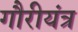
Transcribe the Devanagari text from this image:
गौरीयंत्र